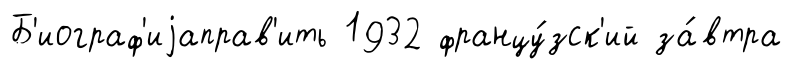
Б'иограф'иjаправ'ить 1932 францу́зск'ий за́втра